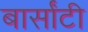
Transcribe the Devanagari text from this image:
बार्सांटी